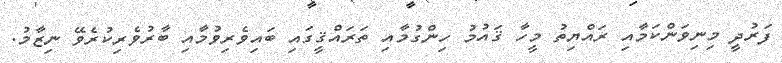
ފަރުދީ މިނިވަންކަމާއި ރައްޔިތު މީހާ ޤައުމު ހިންގުމާއި ތަރައްޤީގައި ބައިވެރިވުމާއި ބާރުވެރިކުރެވޭ ނިޒާމު.